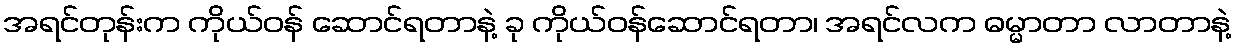
အရင်တုန်းက ကိုယ်ဝန် ဆောင်ရတာနဲ့ ခု ကိုယ်ဝန်ဆောင်ရတာ၊ အရင်လက ဓမ္မာတာ လာတာနဲ့